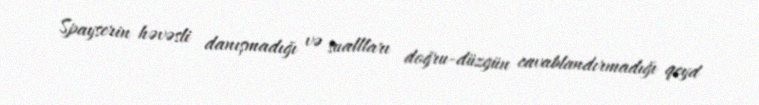
Spayserin həvəsli danışmadığı və suallları doğru-düzgün cavablandırmadığı qeyd